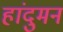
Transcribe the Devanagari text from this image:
हांदुमन